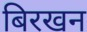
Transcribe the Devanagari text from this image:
बिरखन